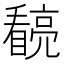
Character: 𭿧